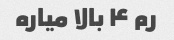
رم ۴ بالا میاره